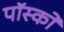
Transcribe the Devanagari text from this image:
पॉस्को